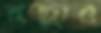
রত্নার